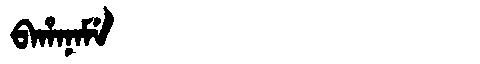
Manchu: ᠪᠠᡥᠠᠨᠠᠮᡝ
Romanization: BAHANAME